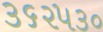
૩૬૨૫૩૦